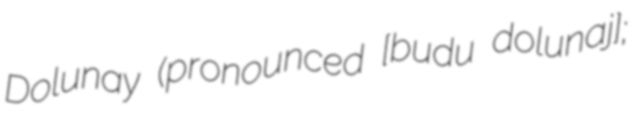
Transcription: Dolunay (pronounced [ˈbuɾdʒu ˈdolunaj];